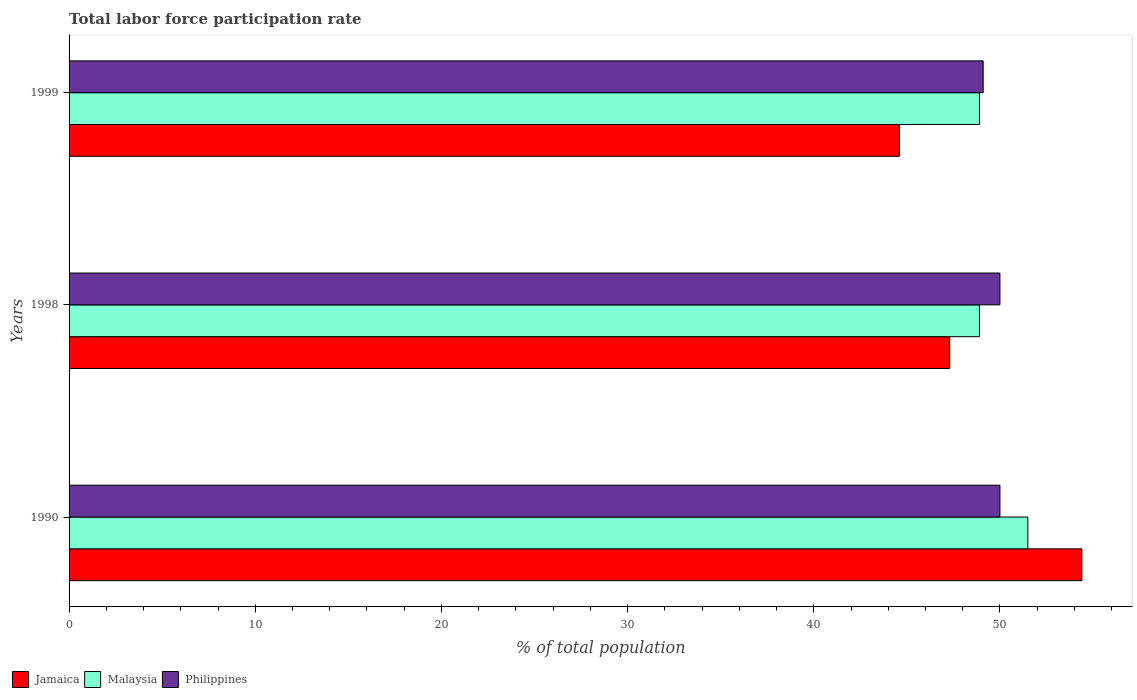
| Years | Jamaica | Malaysia | Philippines |
 | --- | --- | --- | --- |
 | 1990 | 54.4 | 51.5 | 50 |
 | 1998 | 47.3 | 48.9 | 50 |
 | 1999 | 44.6 | 48.9 | 49.1 |